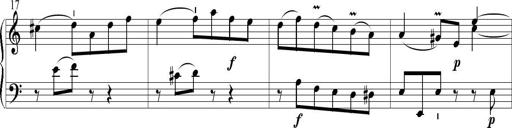
Title: 6 Leichte Sonatinen, Teil 1
Composer: F. Sigismund Sander